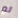
لم